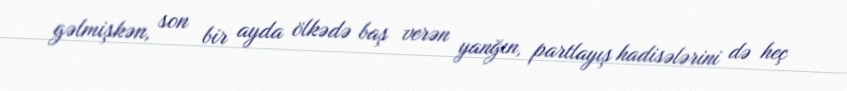
gəlmişkən, son bir ayda ölkədə baş verən yanğın, partlayış hadisələrini də heç